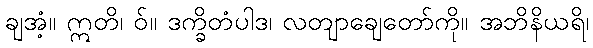
ချအံ့။ ဣတိ၊ ဝ်။ ဒက္ခိတံပါဒ၊ လတျာချေတော်ကို။ အဘိနိယရိ၊